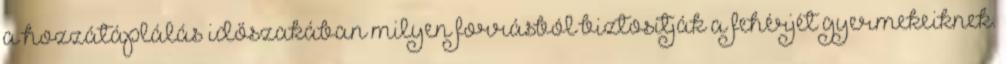
a hozzátáplálás időszakában milyen forrásból biztosítják a fehérjét gyermekeiknek.